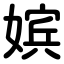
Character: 嫔